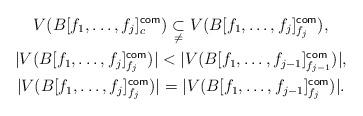
LaTeX: \begin{gather*} V( B[f_1, \ldots, f_j]_c^{\textsf{com}} ) \underset {\ne}{\subset} V(B[f_1, \ldots, f_j]_{f_j}^{\textsf{com}} ) , \\ | V( B[f_1, \ldots, f_j]_{f_j}^{\textsf{com}} ) | < | V( B[f_1, \ldots, f_{j-1}]_{f_{j-1}}^{\textsf{com}} ) | , \\ | V( B[f_1, \ldots, f_j]_{f_j}^{\textsf{com}} ) | = | V( B[f_1, \ldots, f_{j-1}]_{f_j}^{\textsf{com}} ) | .\end{gather*}